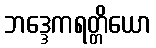
ဘဒ္ဒေကရတ္တိယော